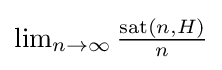
{\textstyle \lim _{n\to \infty }{\frac {\operatorname {sat} (n,H)}{n}}}